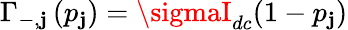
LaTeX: \Gamma_{-,\mathbf{j}}\left(p_{\mathbf{j}}\right)=\sigmaI_{dc}(1-p_{\mathbf{j}})